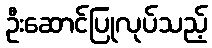
ဦးဆောင်ပြုလုပ်သည့်